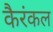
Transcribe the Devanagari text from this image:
कैरंकल